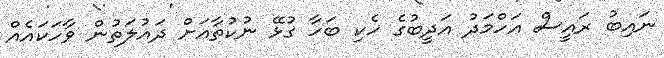
ނައިބު ރައީސް އަހްމަދު އަދީބުގެ ހެކި ބަހާ ގުޅޭ ނުކުތާއަށް ދައުލަތުން ވާހަކައެއް